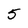
Character: 5